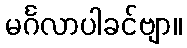
မင်္ဂလာပါခင်ဗျာ။